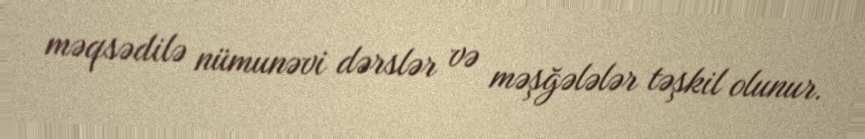
məqsədilə nümunəvi dərslər və məşğələlər təşkil olunur.